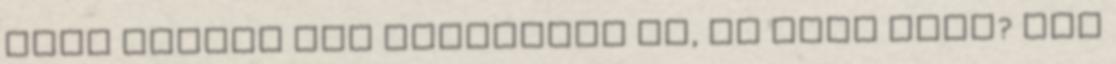
hogy Iliász nem szavazott rá, de Feri igen? Azt